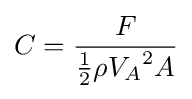
C={\frac {F}{{\frac {1}{2}}\rho {V_{A}}^{2}A}}